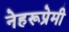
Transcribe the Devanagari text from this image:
नेहरूप्रेमी